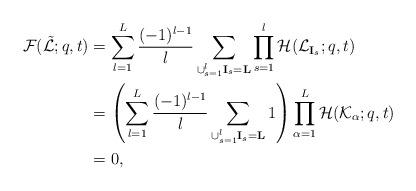
LaTeX: \begin{align*}\mathcal{F}(\tilde{\mathcal{L}};q,t)&=\sum_{l=1}^L\frac{(-1)^{l-1}}{l}\sum_{\cup_{s=1}^l\mathbf{I}_s=\mathbf{L}}\prod_{s=1}^l\mathcal{H}(\mathcal{L}_{\mathbf{I}_s};q,t)\\&=\left(\sum_{l=1}^L\frac{(-1)^{l-1}}{l}\sum_{\cup_{s=1}^l\mathbf{I}_s=\mathbf{L}}1\right)\prod_{\alpha=1}^L\mathcal{H}(\mathcal{K}_\alpha;q,t)\\&=0,\end{align*}